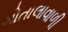
ગોતાલાવાળી